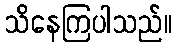
သိနေကြပါသည်။